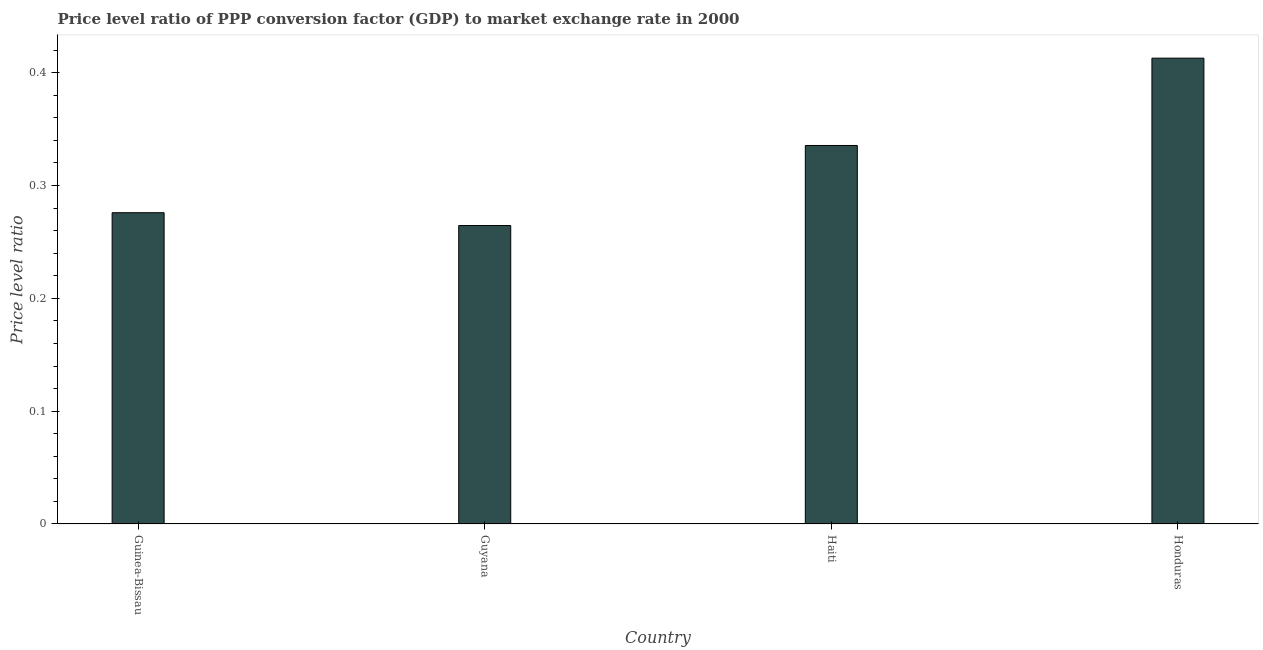
| Country | Price level ratio |
 | --- | --- |
 | Guinea-Bissau | 0.276 |
 | Guyana | 0.264 |
 | Haiti | 0.335 |
 | Honduras | 0.413 |